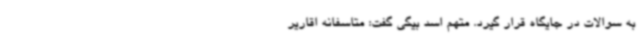
به سوالات در جایگاه قرار گیرد. متهم اسد بیگی گفت: متاسفانه اقاریر